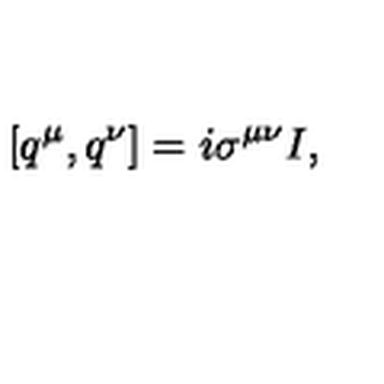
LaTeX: [ q ^ { \mu } , q ^ { \nu } ] = i \sigma ^ { \mu \nu } I ,